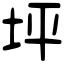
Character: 坪